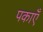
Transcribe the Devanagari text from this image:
पकाएँ